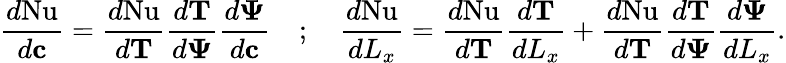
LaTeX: \frac{d\mathrm{Nu}}{d\mathbf{c}}=\frac{d\mathrm{Nu}}{d\mathbf{T}}\frac{d\mathbf{T}}{d\mathbf{\Psi}}\frac{d\mathbf{\Psi}}{d\mathbf{c}}\quad;\quad\frac{d\mathrm{Nu}}{dL_{x}}=\frac{d\mathrm{Nu}}{d\mathbf{T}}\frac{d\mathbf{T}}{dL_{x}}+\frac{d\mathrm{Nu}}{d\mathbf{T}}\frac{d\mathbf{T}}{d\mathbf{\Psi}}\frac{d\mathbf{\Psi}}{dL_{x}}.